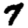
Digit: 7